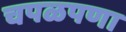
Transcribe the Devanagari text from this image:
चपळपणा